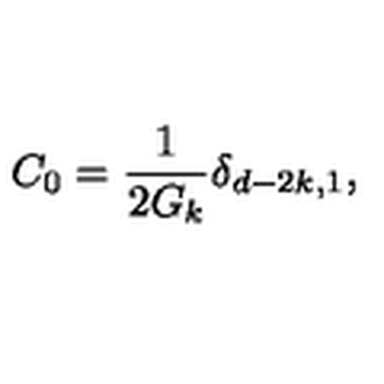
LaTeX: C _ { 0 } = \frac { 1 } { 2 G _ { k } } \delta _ { d - 2 k , 1 } ,